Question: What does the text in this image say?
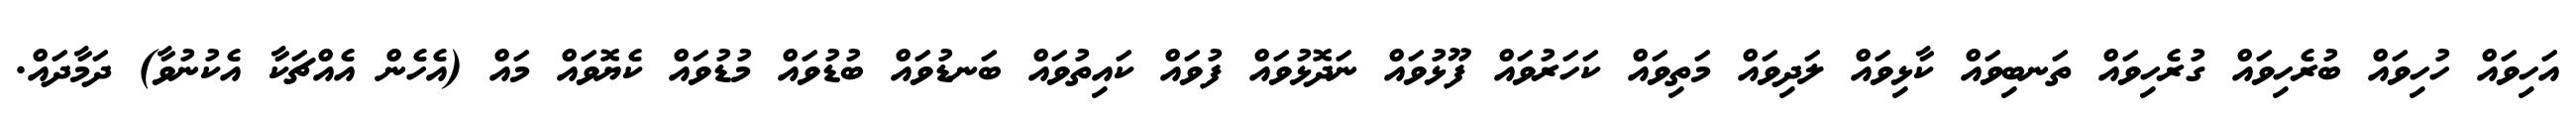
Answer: އަހިވައް ހުހިވައް ބުރެހިވައް ގުރެހިވައް ތަނބިވައް ކާޅިވައް ލަދިވައް މަތިވައް ކަހަރުވައް ފޫޅުވައް ނަދޮޅުވައް ފުވައް ކައިތުވައް ބަނޑުވައް ބުޑުވައް މުޑުވައް ކެޔޮވައް މައް (އެހެން އެއްޗަކާ އެކުނުވާ) ދަމާދައް.